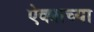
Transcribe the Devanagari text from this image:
ऐक्याच्या